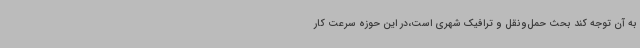
به آن توجه کند بحث حمل‌ونقل و ترافیک شهری است،در این حوزه سرعت کار